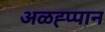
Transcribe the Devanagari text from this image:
अळह्प्पान